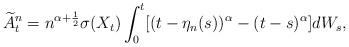
LaTeX: \begin{align*} \widetilde{A}^n_t=n^{\alpha+\frac 12} \sigma(X_t)\int^t_0 [(t-\eta_n(s))^{\alpha} - (t-s)^{\alpha}]dW_s, \end{align*}